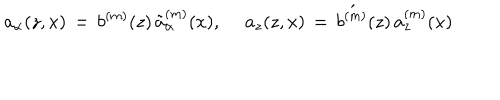
a _ { \alpha } ( z , x ) \, = \, b ^ { ( m ) } ( z ) \, \tilde { a } _ { \alpha } ^ { ( m ) } ( x ) , ~ ~ a _ { z } ( z , x ) \, = \, \acute { b ^ { ( m ) } } ( z ) \, a _ { z } ^ { ( m ) } ( x )